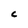
Character: c